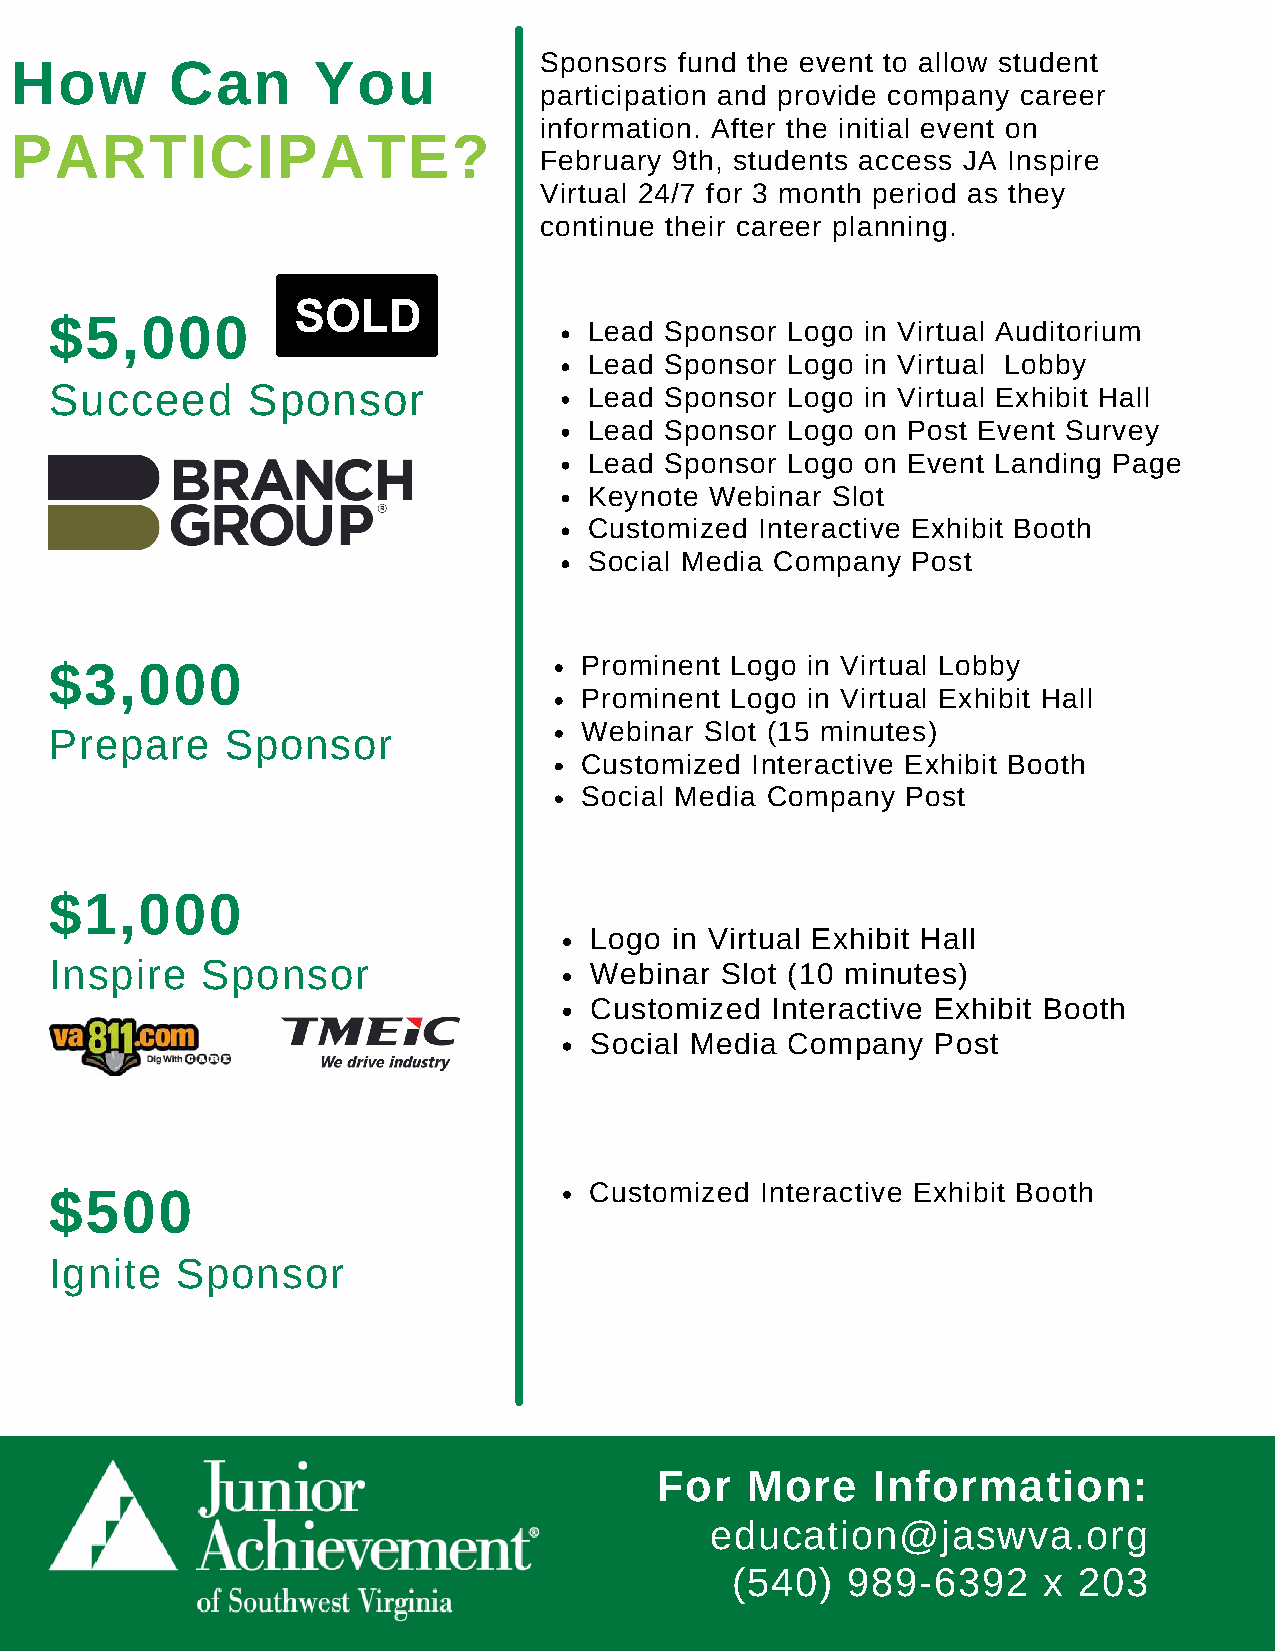
How       Can       You            Sponsors fund the event to allow student
 participation and provide company career
 information. After the initial event on
 PARTICIPATE?
 February 9th, students access JA Inspire
 Virtual 24/7 for 3 month period as they
 continue their career planning.
 $5,000
 Lead Sponsor Logo in Virtual Auditorium
 Lead Sponsor Logo in Virtual Lobby
 Succeed      Sponsor                Lead Sponsor Logo in Virtual Exhibit Hall
 Lead Sponsor Logo on Post Event Survey
 Lead Sponsor Logo on Event Landing Page
 Keynote Webinar Slot
 Customized Interactive Exhibit Booth
 Social Media Company Post
 $3,000                             Prominent Logo in Virtual Lobby
 Prominent Logo in Virtual Exhibit Hall
 Webinar  Slot (15 minutes)
 Prepare     Sponsor
 Customized  Interactive Exhibit Booth
 Social Media Company  Post
 $1,000
 Logo in Virtual Exhibit Hall
 Inspire   Sponsor                   Webinar  Slot (10 minutes)
 Customized  Interactive Exhibit Booth
 Social Media Company   Post
 $500                                Customized Interactive Exhibit Booth
 Ignite   Sponsor
 For   More     Information:
 education@jaswva.org
 (540)   989-6392     x 203